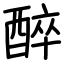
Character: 醉